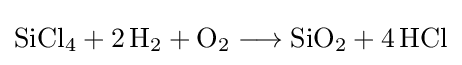
{\mathrm {SiCl} {\vphantom {A}}_{\smash[{t}]{4}}{}+{}2\,\mathrm {H} {\vphantom {A}}_{\smash[{t}]{2}}{}+{}\mathrm {O} {\vphantom {A}}_{\smash[{t}]{2}}{}\mathrel {\longrightarrow } {}\mathrm {SiO} {\vphantom {A}}_{\smash[{t}]{2}}{}+{}4\,\mathrm {HCl} }